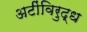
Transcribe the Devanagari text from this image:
अटींविरुद्ध